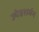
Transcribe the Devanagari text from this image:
ज्येष्ठशर्मन